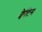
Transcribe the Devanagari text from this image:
क्वेटिन